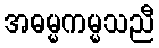
အဓမ္မကမ္မသညီ